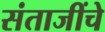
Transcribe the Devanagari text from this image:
संताजींचे